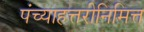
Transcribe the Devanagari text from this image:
पंच्याहत्तरीनिमित्त